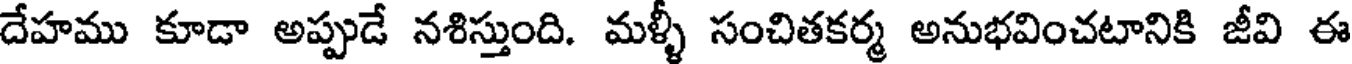
దేహము కూడా అప్పుడే నశిస్తుంది. మళ్ళీ సంచితకర్మ అనుభవించటానికి జీవి ఈ